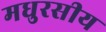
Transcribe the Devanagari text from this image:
मधुरसीय